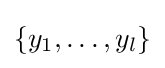
\{y_{1},\ldots ,y_{l}\}